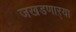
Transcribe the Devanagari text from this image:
जखडणाऱ्या